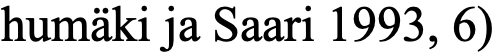
humäki ja Saari 1993, 6)